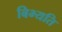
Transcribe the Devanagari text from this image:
बिभ्यति